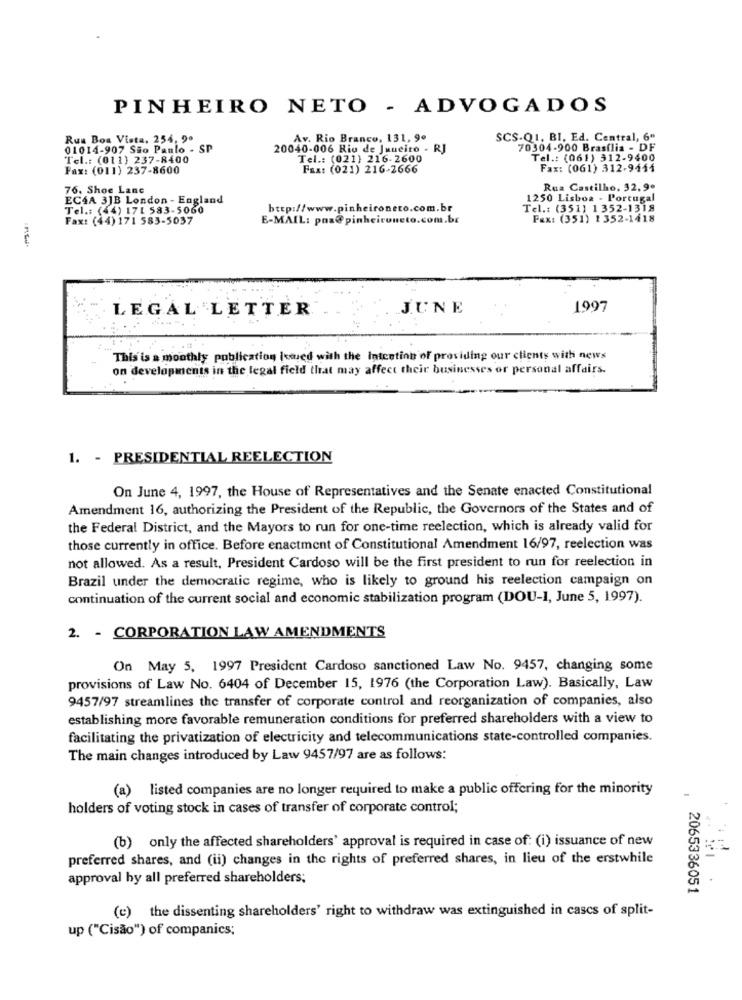
PINHEIRO NETO - ADVOGADOS
Rua Boa Vista, 254, 9.
Av. Rio Branco, 131, 9.
SCS-Q1, BI, Ed. Central, 6"
01014-907 São Paulo - SP
20040-006 Rio de Janeiro - RJ
70304-900 Brasília - DF
Tel .: (011) 237-8400
Tel .: (021) 216-2600
Tel .: (061) 312-9400
Fax: (011) 237-8600
Fax: (021) 216-2666
Fax: (061) 312-9444
76. Shoe Lane
Rua Castilho, 32, 9º
EC4A 3JB London - England
1250 Lisboa - Portugal
Tel .: (44) 171 583-5060
http://www.pinheironeto.com.br
Tel .: (351) 1352-1318
Fax: (44) 171 583-5037
E-MAIL: pos@pinheironeto.com.br
Fax: (351) 1 352-1418
---
LEGAL LETTER
J.UNE
1997
This is a monthly publication Icwed with the Intention of providing our clients with news
on developments in the legal field that may affect their businesses or personal affairs.
1. - PRESIDENTIAL REELECTION
On June 4, 1997, the House of Representatives and the Senate enacted Constitutional
Amendment 16, authorizing the President of the Republic, the Governors of the States and of
the Federal District, and the Mayors to run for one-time reelection, which is already valid for
those currently in office. Before enactment of Constitutional Amendment 16/97, reelection was
not allowed. As a result, President Cardoso will be the first president to run for reelection in
Brazil under the democratic regime, who is likely to ground his reelection campaign on
continuation of the current social and economic stabilization program (DOU-1, June 5, 1997).
2. - CORPORATION LAW AMENDMENTS
On May 5, 1997 President Cardoso sanctioned Law No. 9457, changing some
provisions of Law No. 6404 of December 15, 1976 (the Corporation Law). Basically, Law
9457/97 streamlines the transfer of corporate control and reorganization of companies, also
establishing more favorable remuneration conditions for preferred shareholders with a view to
facilitating the privatization of electricity and telecommunications state-controlled companies.
The main changes introduced by Law 9457/97 are as follows:
(a) listed companies are no longer required to make a public offering for the minority
holders of voting stock in cases of transfer of corporate control;
(b) only the affected shareholders' approval is required in case of: (i) issuance of new
preferred shares, and (ii) changes in the rights of preferred shares, in lieu of the erstwhile
approval by all preferred shareholders;
2065336051
(c) the dissenting shareholders' right to withdraw was extinguished in cascs of split-
up ("Cisão") of companies;